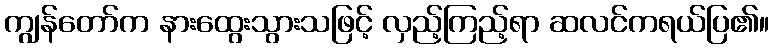
ကျွန်တော်က နားထွေးသွားသဖြင့် လှည့်ကြည့်ရာ ဆလင်ကရယ်ပြ၏။